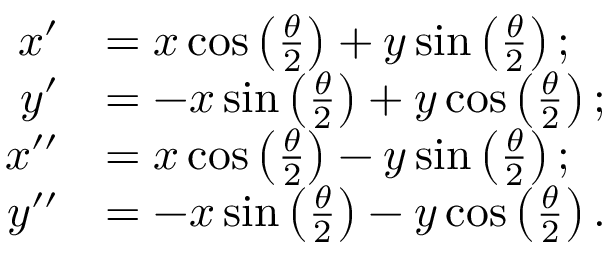
\begin{array} { r l } { x ^ { \prime } } & { = x \cos \left( \frac { \theta } { 2 } \right) + y \sin \left( \frac { \theta } { 2 } \right) ; } \\ { y ^ { \prime } } & { = - x \sin \left( \frac { \theta } { 2 } \right) + y \cos \left( \frac { \theta } { 2 } \right) ; } \\ { x ^ { \prime \prime } } & { = x \cos \left( \frac { \theta } { 2 } \right) - y \sin \left( \frac { \theta } { 2 } \right) ; } \\ { y ^ { \prime \prime } } & { = - x \sin \left( \frac { \theta } { 2 } \right) - y \cos \left( \frac { \theta } { 2 } \right) . } \end{array}